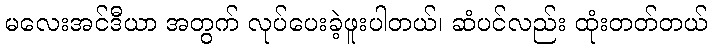
မလေးအင်ဒီယာ အတွက် လုပ်ပေးခဲ့ဖူးပါတယ်၊ ဆံပင်လည်း ထုံးတတ်တယ်